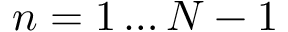
n = 1 \ldots N - 1